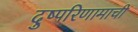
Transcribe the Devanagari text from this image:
दुष्परिणामाची